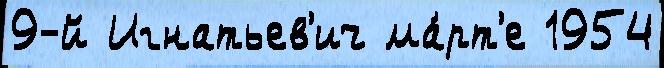
9-й Игнатьев'ич ма́рт'е 1954